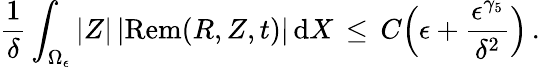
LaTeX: \frac{1}{\delta}\int_{\Omega_{\epsilon}}|Z|\, |\mathrm{Rem}(R,Z,t)|\, \mathrm{d}X\, \le\, C\Bigl(\epsilon+\frac{\epsilon^{\gamma_{5}}}{\delta^{2}}\Bigr)\, .